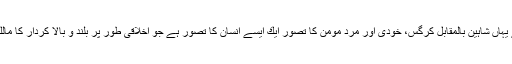
ان كے یہاں شاہین بالمقابل كرگس، خودی اور مردِ مومن كا تصور ایك ایسے انسان كا تصور ہے جو اخلاقی طور پر بلند و بالا كردار كا مالك ہے ۔